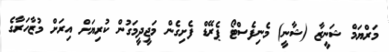
މަރްޔަމް ޝަނީޒާ (ޝާނީ) މެނިފެސްޓޯ ޕެރޭޑް ފެށިގެން މަޖީދީމަގުން ކުރިޔަށް އިރަށް މުޒާހަރާގެ